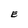
Character: E